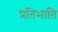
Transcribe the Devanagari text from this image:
प्रतिभाति